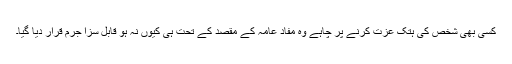
کسی بھی شخص کی ہتک عزت کرنے پر چاہے وہ مفاد عامہ کے مقصد کے تحت ہی کیوں نہ ہو قابل سزا جرم قرار دیا گیا۔